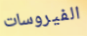
الفيروسات